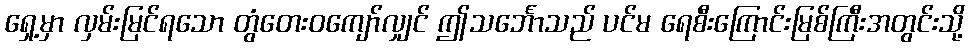
ရှေ့မှာ လှမ်းမြင်ရသော တွံတေးဝကျော်လျှင် ဤသင်္ဘောသည် ပင်မ ရေစီးကြောင်းမြစ်ကြီးအတွင်းသို့